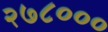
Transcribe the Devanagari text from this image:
२७८०००